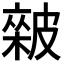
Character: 𥀏